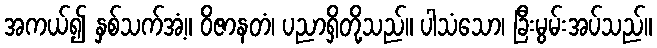
အကယ်၍ နှစ်သက်အံ့။ ဝိဇာနတံ၊ ပညာရှိတို့သည်။ ပါသံသော၊ ခြီးမွမ်းအပ်သည်။